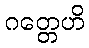
ဂတ္တေဟိ